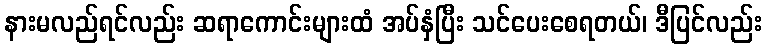
နားမလည်ရင်လည်း ဆရာကောင်းများထံ အပ်နှံပြီး သင်ပေးစေရတယ်၊ ဒီပြင်လည်း